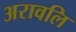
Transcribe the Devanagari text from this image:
अरावलि